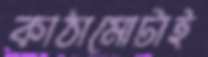
কাঠামোটাই